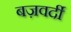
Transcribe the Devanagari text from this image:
बज़वर्दी